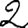
Digit: 2